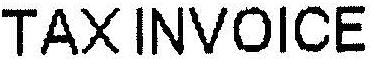
TAXINVOICE